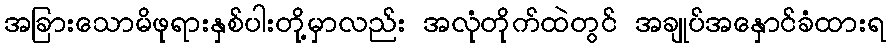
အခြားသောမိဖုရားနှစ်ပါးတို့မှာလည်း အလုံတိုက်ထဲတွင် အချုပ်အနှောင်ခံထားရ